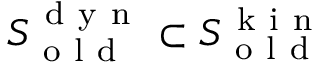
S _ { \mathrm { ~ o ~ l ~ d ~ } } ^ { \mathrm { ~ d ~ y ~ n ~ } } \subset S _ { \mathrm { ~ o ~ l ~ d ~ } } ^ { \mathrm { ~ k ~ i ~ n ~ } }